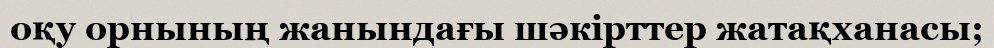
оқу орнының жанындағы шәкірттер жатақханасы;